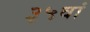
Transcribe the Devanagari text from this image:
३५वां